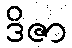
ဒိဇာ